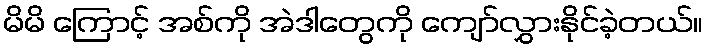
မိမိ ကြောင့် အစ်ကို အဲဒါတွေကို ကျော်လွှားနိုင်ခဲ့တယ်။